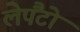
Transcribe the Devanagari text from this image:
लेपैंटो